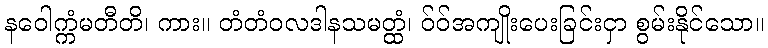
နဝေါက္ကံမတီတိ၊ ကား။ တံတံဝလဒါနသမတ္ထံ၊ ဝ်ဝ်အကျိုးပေးခြင်းငှာ စွမ်းနိုင်သော။